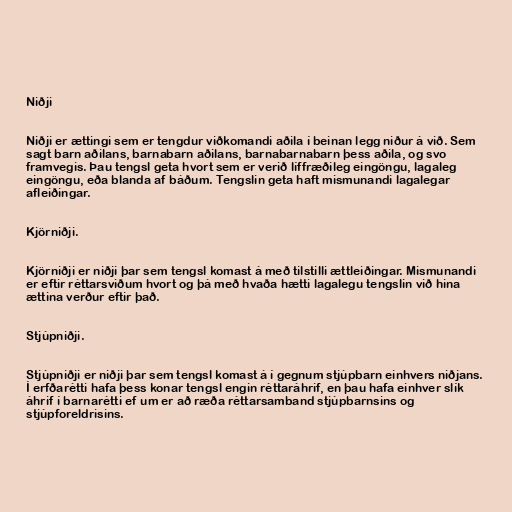
Niðji

Niðji er ættingi sem er tengdur viðkomandi aðila í beinan legg niður á við. Sem
sagt barn aðilans, barnabarn aðilans, barnabarnabarn þess aðila, og svo
framvegis. Þau tengsl geta hvort sem er verið líffræðileg eingöngu, lagaleg
eingöngu, eða blanda af báðum. Tengslin geta haft mismunandi lagalegar
afleiðingar.

Kjörniðji.

Kjörniðji er niðji þar sem tengsl komast á með tilstilli ættleiðingar. Mismunandi
er eftir réttarsviðum hvort og þá með hvaða hætti lagalegu tengslin við hina
ættina verður eftir það.

Stjúpniðji.

Stjúpniðji er niðji þar sem tengsl komast á í gegnum stjúpbarn einhvers niðjans.
Í erfðarétti hafa þess konar tengsl engin réttaráhrif, en þau hafa einhver slík
áhrif í barnarétti ef um er að ræða réttarsamband stjúpbarnsins og
stjúpforeldrisins.